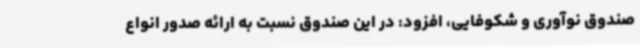
صندوق نوآوری و شکوفایی، افزود: در این صندوق نسبت به ارائه صدور انواع